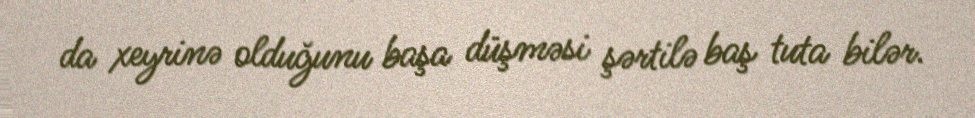
da xeyrinə olduğunu başa düşməsi şərtilə baş tuta bilər.